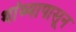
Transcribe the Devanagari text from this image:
थांब्यापासून